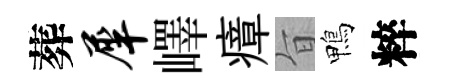
葬犀嶧瘴旨鴨粹